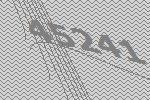
45241